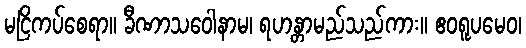
မငြိကပ်စေရာ။ ခီဏာသဝေါနာမ၊ ရဟန္တာမည်သည်ကား။ ဧဝရူပမေဝ၊